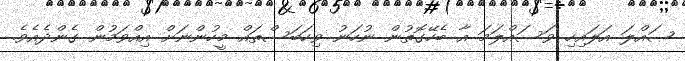
ޞައްލަ އަލައިހި ވަސައްލަމަ އާ ބެހޭގޮތުން ނުހަނު ވިހަބަސްތައް މީހުންނަށް އިއްވަމުން ގެންދެއެވެ.